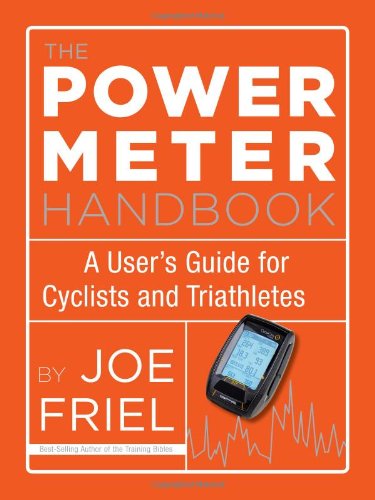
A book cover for The Power Meter Handbook: A User's Guide for Cyclists and Triathletes; Joe Friel; Health, Fitness & Dieting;